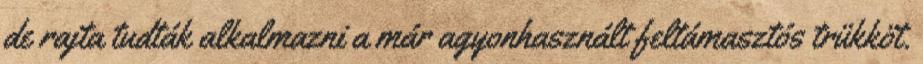
de rajta tudták alkalmazni a már agyonhasznált feltámasztós trükköt.